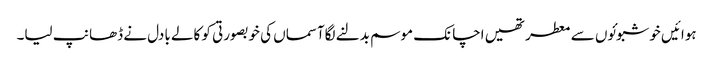
ہوائیں خوشبوئوں سے معطر تھیں اچانک موسم بدلنے لگاآسماں کی خوبصورتی کو کالے بادل نے ڈھانپ لیا۔